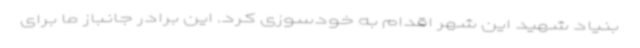
بنیاد شهید این شهر اقدام به خودسوزی کرد. این برادر جانباز ما برای